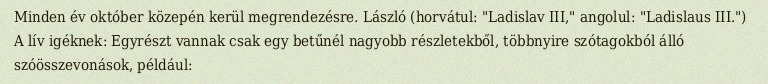
Minden év október közepén kerül megrendezésre. László (horvátul: "Ladislav III," angolul: "Ladislaus III.") A lív igéknek: Egyrészt vannak csak egy betűnél nagyobb részletekből, többnyire szótagokból álló szóösszevonások, például: